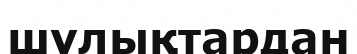
шұлықтардан